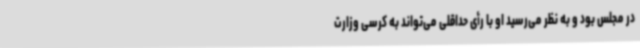
در مجلس بود و به نظر می‌رسید او با رأی حداقلی می‌تواند به کرسی وزارت